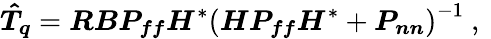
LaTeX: \boldsymbol{\hat{T}_{q}}=\boldsymbol{R}\boldsymbol{B}\boldsymbol{P_{ff}}{\boldsymbol{H}}^{*}\left(\boldsymbol{H}\boldsymbol{P_{ff}}{\boldsymbol{H}}^{*}+\boldsymbol{P_{nn}}\right)^{-1}\mathrm{~,~}